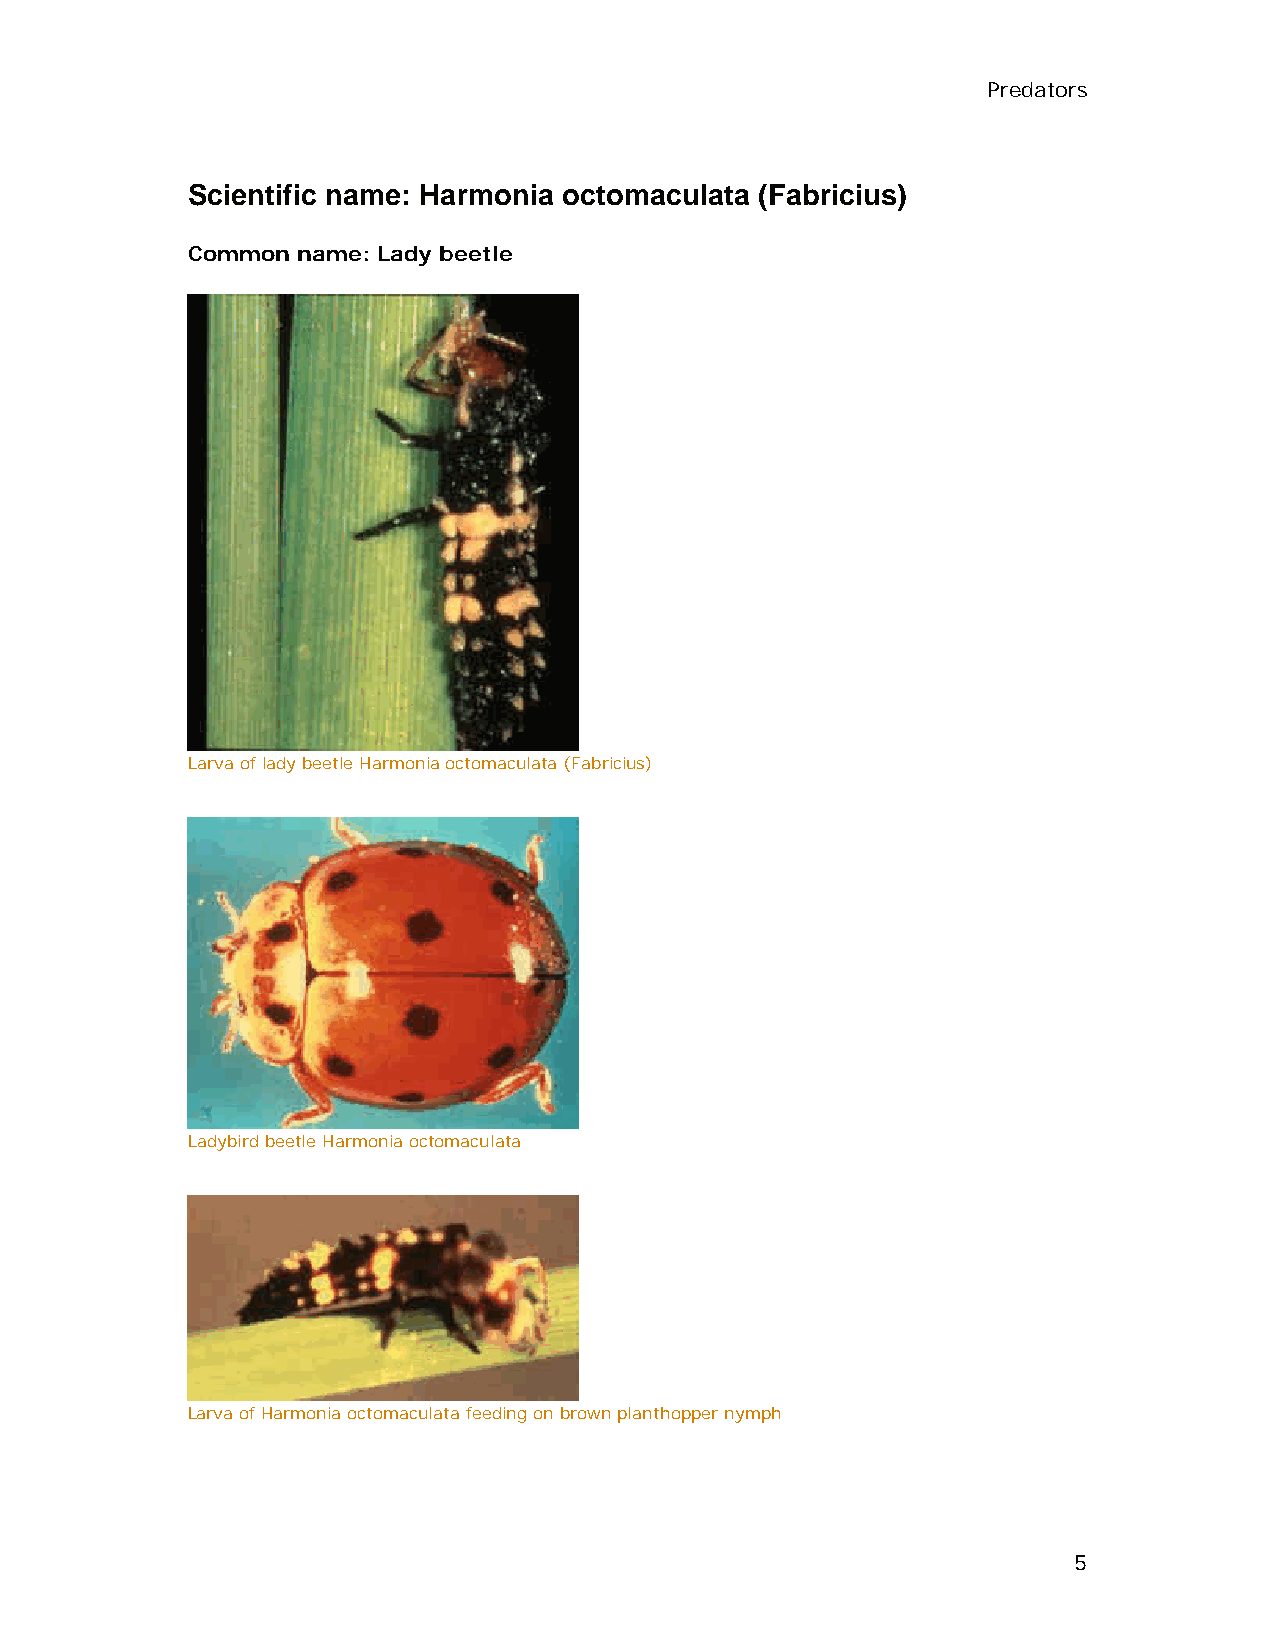
Predators
 Scientific name: Harmonia octomaculata (Fabricius)
 Common  name: Lady beetle
 Larva of lady beetle Harmonia octomaculata (Fabricius)
 Ladybird beetle Harmonia octomaculata
 Larva of Harmonia octomaculata feeding on brown planthopper nymph
 5